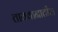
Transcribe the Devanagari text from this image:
तायवानातील